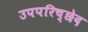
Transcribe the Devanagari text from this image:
उपपरिच्छेद